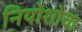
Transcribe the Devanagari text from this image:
नियोशोचा